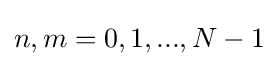
n,m=0,1,...,N-1